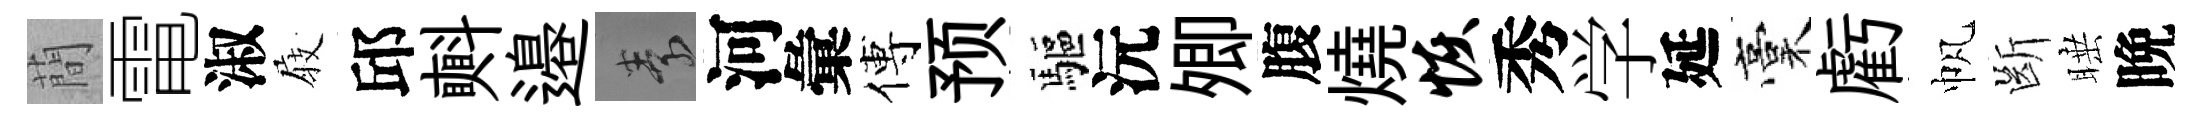
蕳電淑𡲆邱㪺邉素河彙傅预驅沅𡖖腹燒恢秀学延稾虧帆㫁睡晩